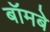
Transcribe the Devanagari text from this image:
बॉमबे